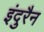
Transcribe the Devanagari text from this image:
इंदुरैन